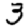
Digit: 3